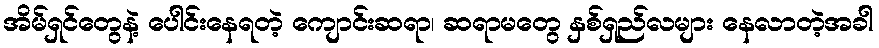
အိမ်ရှင်တွေနဲ့ ပေါင်းနေရတဲ့ ကျောင်းဆရာ၊ ဆရာမတွေ နှစ်ရှည်လများ နေလာတဲ့အခါ